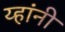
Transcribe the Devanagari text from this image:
य्हांनी